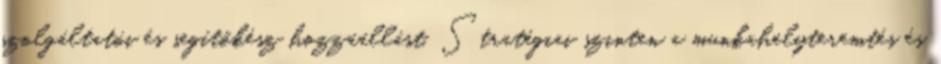
szolgáltatói és segítőkész hozzáállást. Stratégiai szinten a munkahelyteremtés és